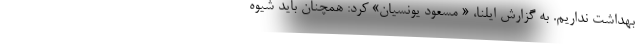
بهداشت نداریم. به گزارش ایلنا، « مسعود یونسیان» کرد: همچنان باید شیوه